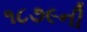
૧૮૭૯ની